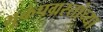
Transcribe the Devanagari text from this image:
भूकंपग्रस्तांच्या